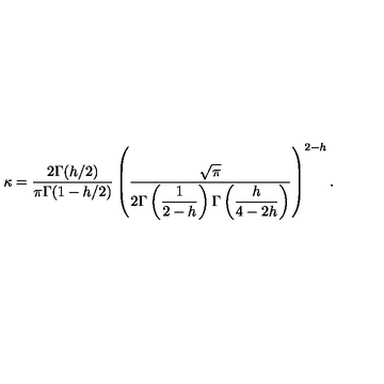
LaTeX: \kappa = \displaystyle \frac { 2 \Gamma ( h / 2 ) } { \pi \Gamma ( 1 - h / 2 ) } \left( \displaystyle \frac { \sqrt { \pi } } { 2 \Gamma \left( \displaystyle \frac { 1 } { 2 - h } \right) \Gamma \left( \displaystyle \frac { h } { 4 - 2 h } \right) } \right) ^ { 2 - h } .